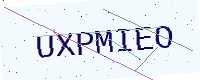
Text: UXPMIEO